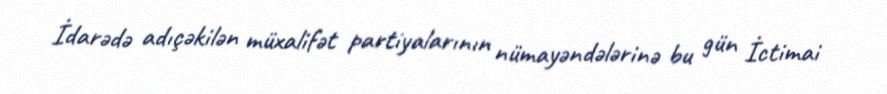
İdarədə adıçəkilən müxalifət partiyalarının nümayəndələrinə bu gün İctimai